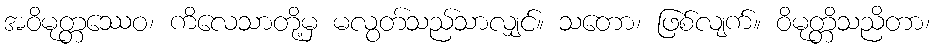
အဝိမုတ္တဿေဝ၊ ကိလေသာတို့မှ မလွတ်သည်သာလျှင်။ သတော၊ ဖြစ်လျက်။ ဝိမုတ္တိသညိတာ၊